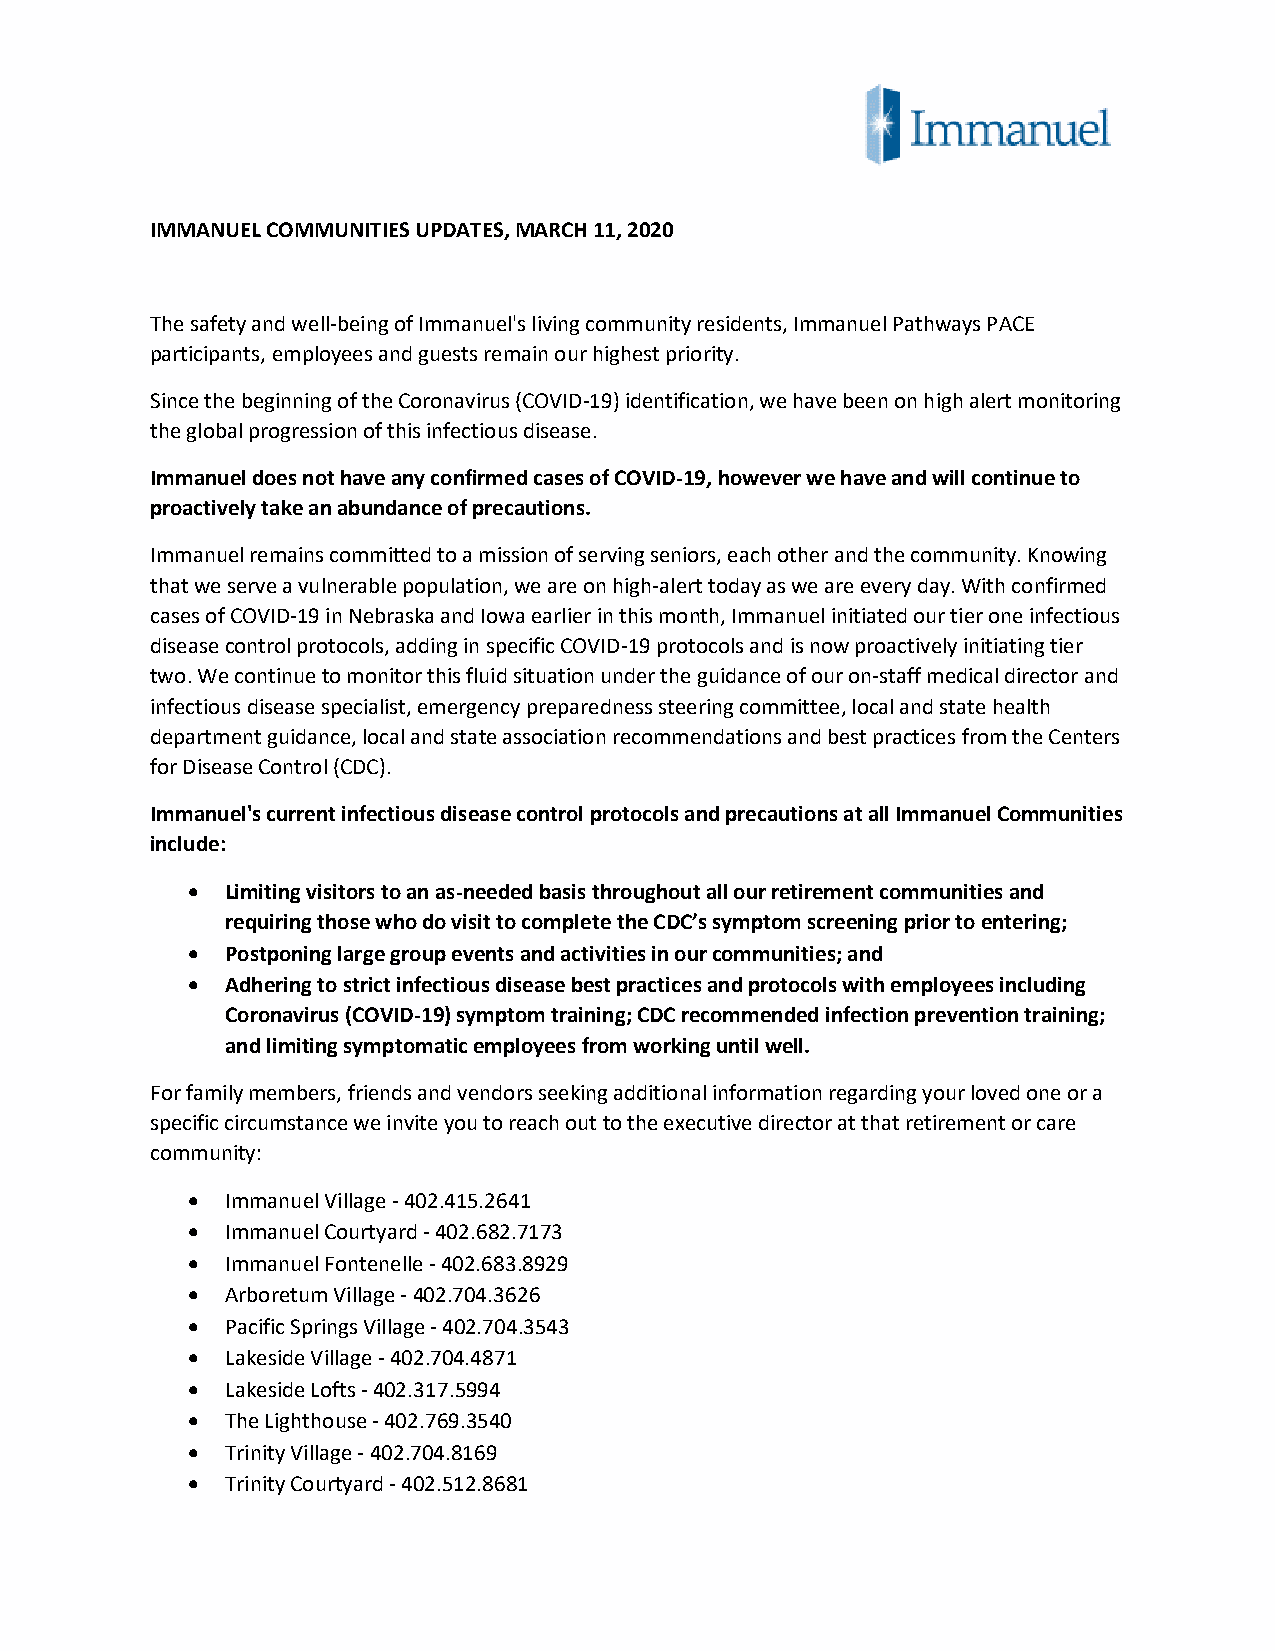
IMMANUEL COMMUNITIES UPDATES, MARCH 11, 2020
 The safety and well-being of Immanuel's living community residents, Immanuel Pathways PACE
 participants, employees and guests remain our highest priority.
 Since the beginning of the Coronavirus (COVID-19) identification, we have been on high alert monitoring
 the global progression of this infectious disease.
 Immanuel does not have any confirmed cases of COVID-19, however we have and will continue to
 proactively take an abundance of precautions.
 Immanuel remains committed to a mission of serving seniors, each other and the community. Knowing
 that we serve a vulnerable population, we are on high-alert today as we are every day. With confirmed
 cases of COVID-19 in Nebraska and Iowa earlier in this month, Immanuel initiated our tier one infectious
 disease control protocols, adding in specific COVID-19 protocols and is now proactively initiating tier
 two. We continue to monitor this fluid situation under the guidance of our on-staff medical director and
 infectious disease specialist, emergency preparedness steering committee, local and state health
 department guidance, local and state association recommendations and best practices from the Centers
 for Disease Control (CDC).
 Immanuel's current infectious disease control protocols and precautions at all Immanuel Communities
 include:
 •  Limiting visitors to an as-needed basis throughout all our retirement communities and
 requiring those who do visit to complete the CDC’s symptom screening prior to entering;
 •  Postponing large group events and activities in our communities; and
 •  Adhering to strict infectious disease best practices and protocols with employees including
 Coronavirus (COVID-19) symptom training; CDC recommended infection prevention training;
 and limiting symptomatic employees from working until well.
 For family members, friends and vendors seeking additional information regarding your loved one or a
 specific circumstance we invite you to reach out to the executive director at that retirement or care
 community:
 •  Immanuel Village - 402.415.2641
 •  Immanuel Courtyard - 402.682.7173
 •  Immanuel Fontenelle - 402.683.8929
 •  Arboretum Village - 402.704.3626
 •  Pacific Springs Village - 402.704.3543
 •  Lakeside Village - 402.704.4871
 •  Lakeside Lofts - 402.317.5994
 •  The Lighthouse - 402.769.3540
 •  Trinity Village - 402.704.8169
 •  Trinity Courtyard - 402.512.8681